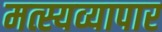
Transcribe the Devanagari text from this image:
मत्स्यव्यापार